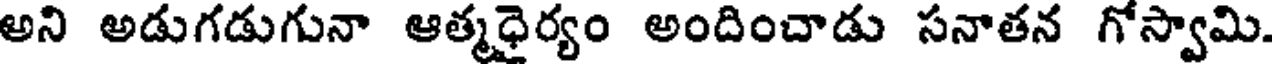
అని అడుగడుగునా ఆత్మధైర్యం అందించాడు సనాతన గోస్వామి.